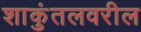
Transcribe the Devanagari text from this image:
शाकुंतलवरील